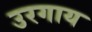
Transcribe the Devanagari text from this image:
उरगाय